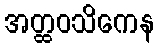
အတ္ထဝသိကေန